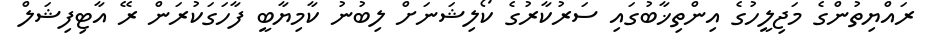
ރައްޔިތުންގެ މަޖިލީހުގެ އިންތިޚާބުގައި ސަރުކާރުގެ ކޯލިޝަނަށް ލިބުނު ކާމިޔާބީ ފާހަގަކުރަން ރޭ އާޓިފިޝަލް